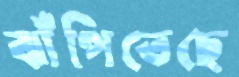
ঝাঁপিতেছে